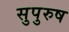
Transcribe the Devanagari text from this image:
सुपुरुष